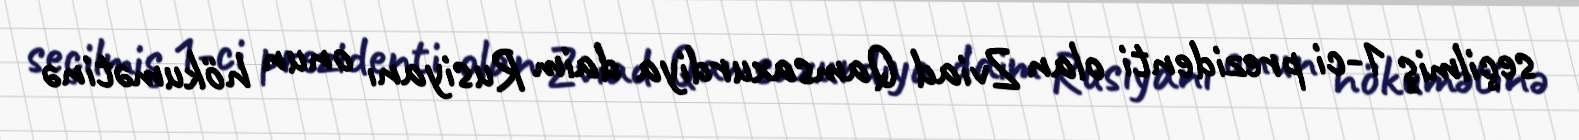
seçilmiş 1-ci prezidenti olan Zviad Qamsaxurdiya daim Rusiyanı onun hökumətinə